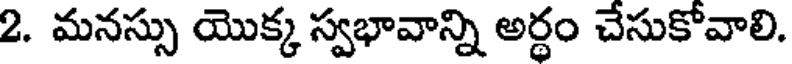
2. మనస్సు యొక్క స్వభావాన్ని అర్థం చేసుకోవాలి.